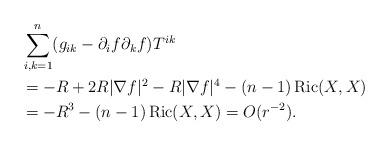
LaTeX: \begin{align*} & \sum_{i, k=1}^n (g_{i k} -\partial_i f \partial_k f) T^{i k} \\ &= -R+ 2R|\nabla f|^2-R|\nabla f|^4-(n-1)\operatorname{Ric}(X,X)\\ &= -R^3-(n-1)\operatorname{Ric}(X,X)=O(r^{-2}). \end{align*}